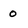
Character: 0